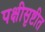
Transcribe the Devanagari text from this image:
पक्षीसृष्टीत